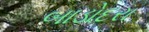
બાડોદરા